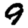
Digit: 9